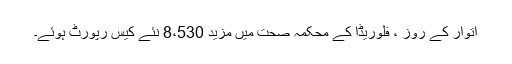
اتوار کے روز ، فلوریڈا کے محکمہ صحت میں مزید 8،530 نئے کیس رپورٹ ہوئے۔